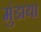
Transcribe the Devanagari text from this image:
मुंडाया